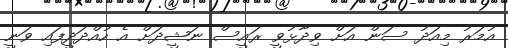
އުމަރު މިއަދު ސަން އަށް ވިދާޅުވީ ރައީސް ނަޝީދަށް އެ ހުއްދަދީފައި ވަނީ